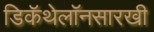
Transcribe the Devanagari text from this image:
डिकॅथेलॉनसारखी